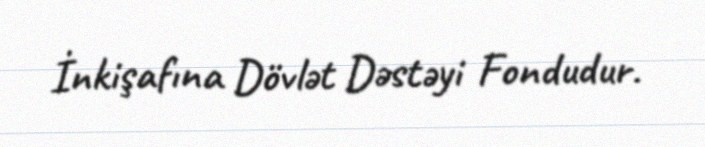
İnkişafına Dövlət Dəstəyi Fondudur.